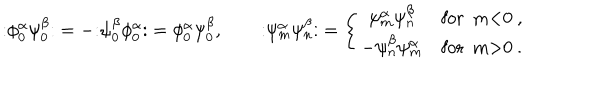
LaTeX: \mathopen : \phi _ { 0 } ^ { \alpha } \psi _ { 0 } ^ { \beta } \mathclose : = - \mathopen : \psi _ { 0 } ^ { \beta } \phi _ { 0 } ^ { \alpha } \mathclose : = \phi _ { 0 } ^ { \alpha } \psi _ { 0 } ^ { \beta } , \qquad \mathopen : \psi _ { m } ^ { \alpha } \psi _ { n } ^ { \beta } \mathclose : = \left\{ \begin{array} { c l } { { \psi _ { m } ^ { \alpha } \psi _ { n } ^ { \beta } } } & { { \mathrm { f o r ~ m < 0 ~ } , } } \\ { { - \psi _ { n } ^ { \beta } \psi _ { m } ^ { \alpha } } } & { { \mathrm { f o r ~ m > 0 ~ } . } } \\ \end{array} \right.